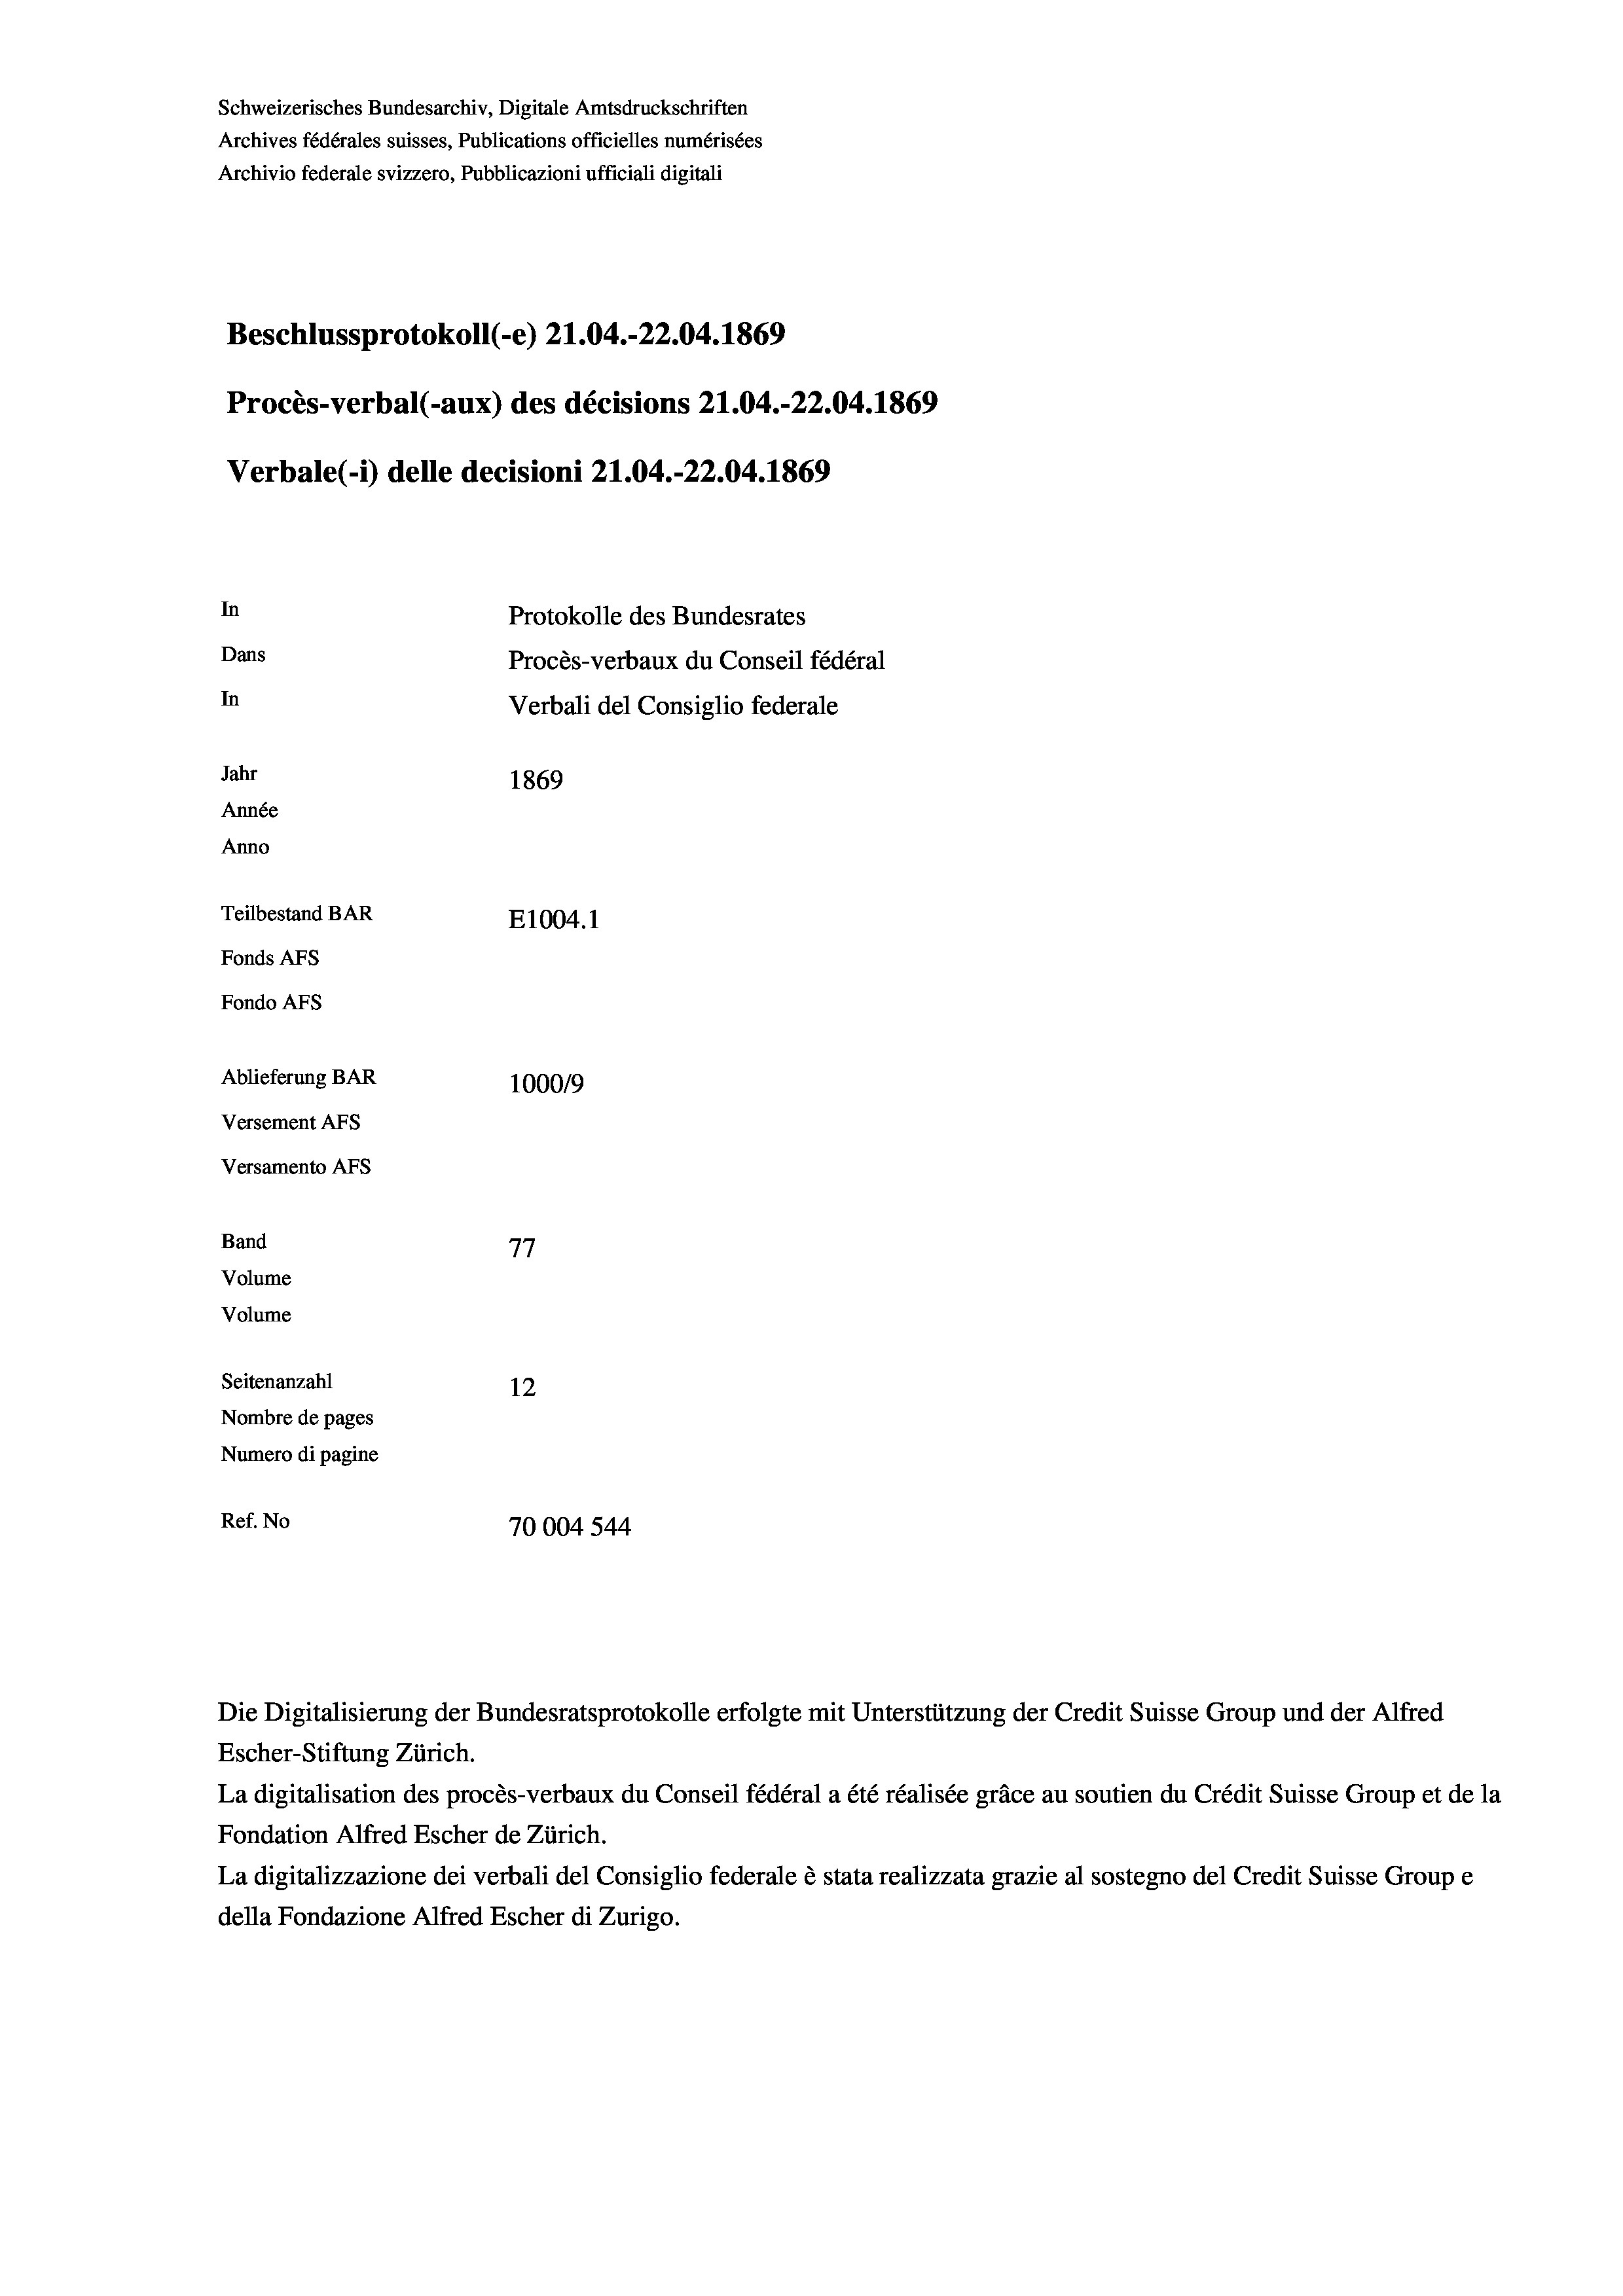
Schweizerisches Bundesarchiv, Digitale Amtsdruckschriften
Archives fédérales suisses, Publications officielles numérisées
Archivio federale svizzero, Pubblicazioni ufficiali digitali
Beschlussprotokoll (-e) 21.04.-22.04. 1869
Procès-verbal (-aux) des décisions Z1.04.-22.04. 1869
Verbale(-*) delle decisioni 21.04.-22.04. 1869
In
Protokolle des Bundesrates
Dans
Procès-verbaux du Conseil fédéral
In
Verbali del Consiglio federale
Jahr
1869
Année
Anno
Teilbestand BAR
E1004. 1
Fonds AFs
Fondo Afs
Ablieferung BAR
100019
Versement AFs
Versamento Afs
Band
77
Volume
Volume
Seitenanzahl
12

Nombre de pages
Numero di pagine
Ref. No
70004544

Escher-Stiftung Zürich.
La digitalisation des procès-verbaux du Conseil fédéral a été réalisée gräce au soutien du Crédit Suisse Group et de la
Fondation Alfred Escher de Zürich.
La digitalizzazione dei verbali del Consiglio federale è stata realizzata grazie al sostegno del Credit Suisse Groupe
della Fondazione Alfred Escher di Zurigo.

Die Digitalisierung der Bundesratsprotokolle erfolgte mit Unterstützung der Credit Suisse Group und der Alfred